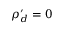
\rho _ { d } ^ { \prime } = 0